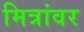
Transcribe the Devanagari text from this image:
मित्रांवर